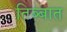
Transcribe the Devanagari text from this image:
तिब्बात